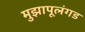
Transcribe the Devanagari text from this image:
मुझापूलंगड